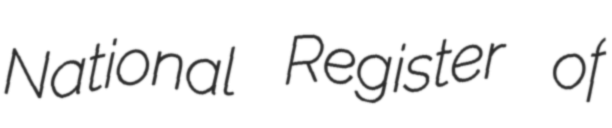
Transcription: National Register of